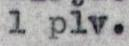
1 plv.